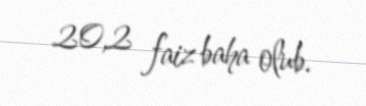
20,2 faiz baha olub.